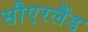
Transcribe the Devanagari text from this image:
सौएरलैंड